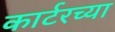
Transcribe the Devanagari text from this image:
कार्टरच्या